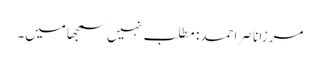
مرزا ناصر احمد: مطلب نہیں سمجھا میں۔